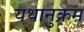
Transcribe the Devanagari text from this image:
यथानुक्रम